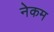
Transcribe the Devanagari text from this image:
नेकम